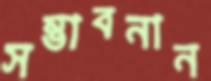
সম্ভাবনান